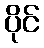
ပိုင်